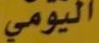
اليومي